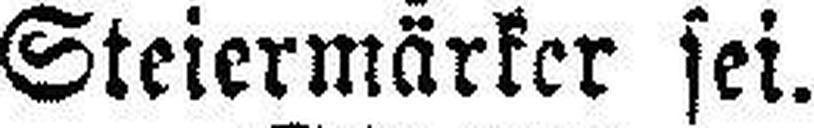
Steiermärker sei.